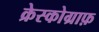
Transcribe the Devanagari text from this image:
क्रेस्कोग्राफ़